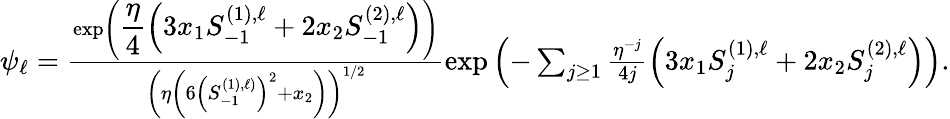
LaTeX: \begin{array}{r}{\psi_{\ell}=\frac{\exp\left(\displaystyle\frac{\eta}{4}\left(3x_{1}S_{-1}^{(1),\ell}+2x_{2}S_{-1}^{(2),\ell}\right)\right)}{\left(\eta\left(6\left(S_{-1}^{(1),\ell)}\right)^{2}+x_{2}\right)\right)^{1/2}}\exp\left(-\sum_{j\geq 1}\frac{\eta^{-j}}{4j}\left(3x_{1}S_{j}^{(1),\ell}+2x_{2}S_{j}^{(2),\ell}\right)\right).}\end{array}